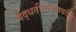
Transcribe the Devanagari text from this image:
पद्धतीशास्त्रावरील